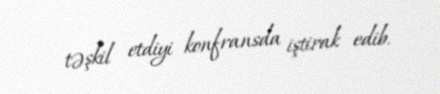
təşkil etdiyi konfransda iştirak edib.